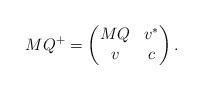
LaTeX: \begin{align*}MQ^{+}=\begin{pmatrix}MQ & v^{\ast}\\v & c\end{pmatrix}. \end{align*}